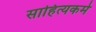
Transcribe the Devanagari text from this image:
साहित्यकर्म